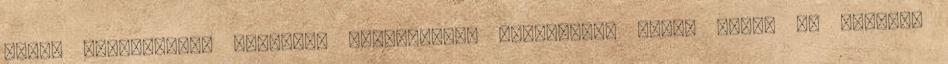
miatt kivándorolt magyarok hazatérését támogatná. Amint arról az Alfahír